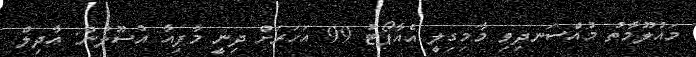
މައުލޫމާތު މުއްސަނދިވި މާމިގިލީ އެއާޕޯޓު 99 އަހަރަށް ދިނީ މާފިއާ އުސޫލުން: އާދިލް